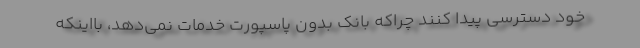
خود دسترسی پیدا کنند چراکه بانک بدون پاسپورت خدمات نمی‌دهد، بااینکه